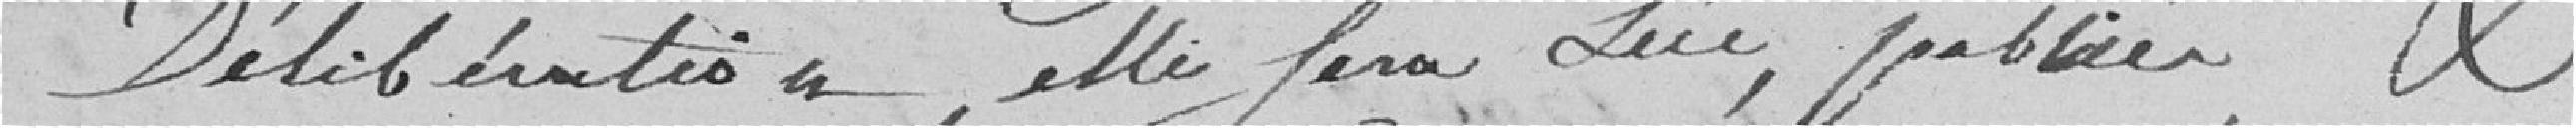
délibération, elle sera lue, publiée  et